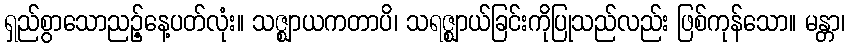
ရှည်စွာသောညဉ့်နေ့ပတ်လုံး။ သဇ္ဈာယကတာပိ၊ သရဇ္ဈာယ်ခြင်းကိုပြုသည်လည်း ဖြစ်ကုန်သော။ မန္တာ၊